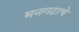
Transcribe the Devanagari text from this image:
मनगटाचे